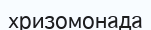
хризомонада